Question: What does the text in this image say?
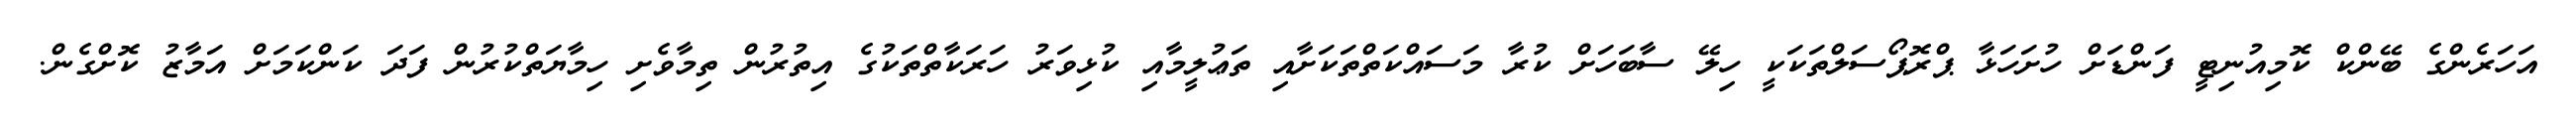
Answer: އަހަރެންގެ ބޭންކް ކޮމިއުނިޓީ ފަންޑަށް ހުށަހަޅާ ޕްރޮޕޯސަލްތަކަކީ ހިލޭ ސާބަހަށް ކުރާ މަސައްކަތްތަކަށާއި ތަޢުލީމާއި ކުޅިވަރު ހަރަކާތްތަކުގެ އިތުރުން ތިމާވެށި ހިމާޔަތްކުރުން ފަދަ ކަންކަމަށް އަމާޒު ކޮށްގެން.